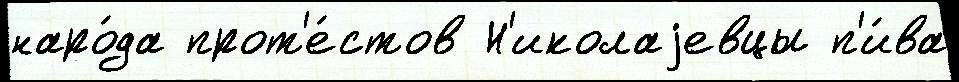
наро́да прот'е́стов Н'иколаjевцы п'и́ва